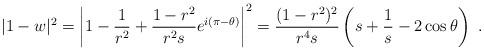
LaTeX: \begin{align*} |1-w|^2&= \left|1-\frac 1{r^2}+\frac{1-r^2}{r^2 s} e^{i(\pi-\theta)}\right|^2= \frac{(1-r^2)^2}{r^4s}\left(s+\frac 1s-2 \cos\theta\right)\ .\end{align*}